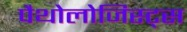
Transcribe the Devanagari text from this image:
पैथोलोजिस्ट्स